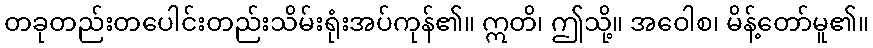
တခုတည်းတပေါင်းတည်းသိမ်းရုံးအပ်ကုန်၏။ ဣတိ၊ ဤသို့။ အဝေါစ၊ မိန့်တော်မူ၏။